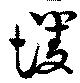
戄